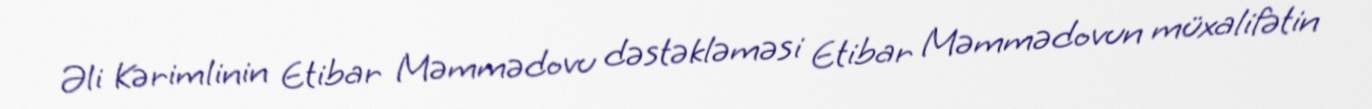
Əli Kərimlinin Etibar Məmmədovu dəstəkləməsi Etibar Məmmədovun müxalifətin